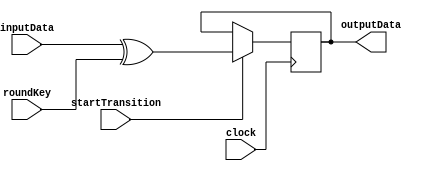
module add_round_key(
	input  [127:0] inputData,
	input  [127:0] roundKey,
	input startTransition,
	input clock,
	output reg [127:0] outputData
);

always @(posedge clock) begin
	if(startTransition == 1) begin
		outputData = inputData ^ roundKey;
	end
end

endmodule